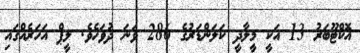
އޮކްޓޫބަރު 13 އަކީ މީލާދީ ކަލަންޑަރުގެ 286 ވަނަ ދުވަހެވެ. ލީޕް އަހަރެއްގައި